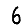
Digit: 6